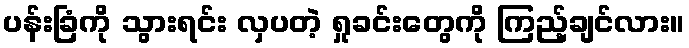
ပန်းခြံကို သွားရင်း လှပတဲ့ ရှုခင်းတွေကို ကြည့်ချင်လား။